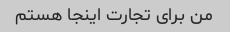
من برای تجارت اینجا هستم